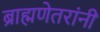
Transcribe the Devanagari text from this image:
ब्राह्मणेतरांनी